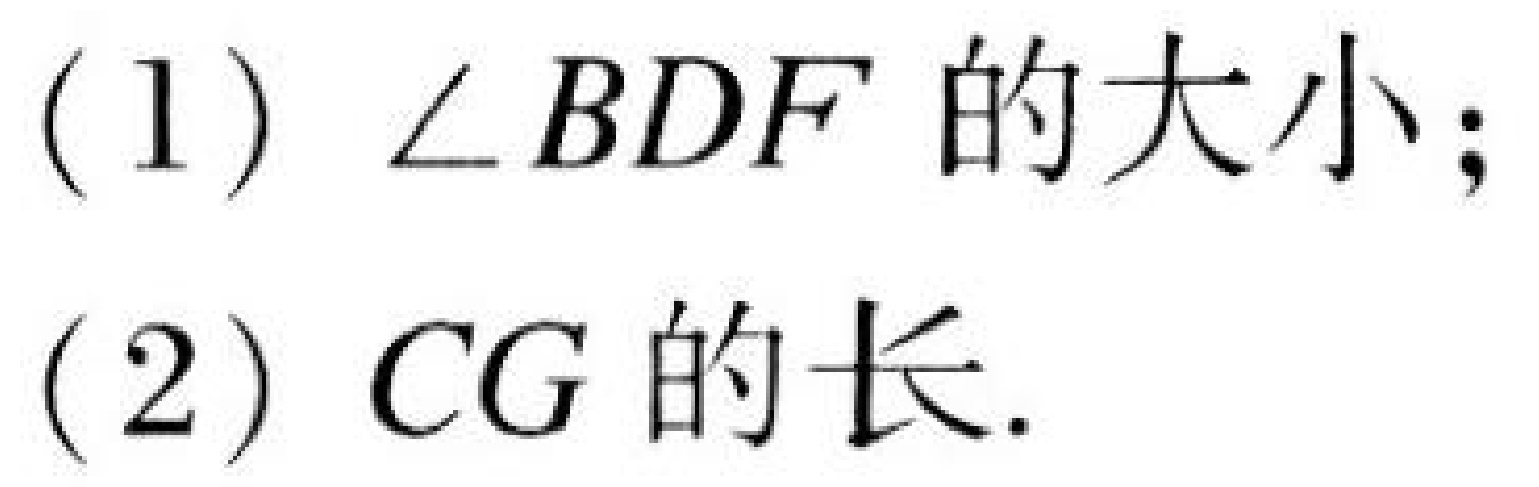
(1) $\angle BDF$的大小；
(2) $CG$的长.